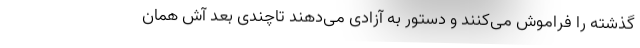
گذشته را فراموش می‌کنند و دستور به آزادی می‌دهند تاچندی بعد آش همان